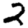
Digit: 2